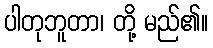
ပါတုဘူတာ၊ တို့ မည်၏။